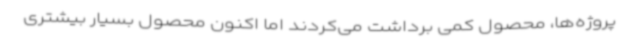
پروژه‌ها، محصول کمی برداشت می‌کردند اما اکنون محصول بسیار بیشتری